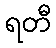
ရတီ